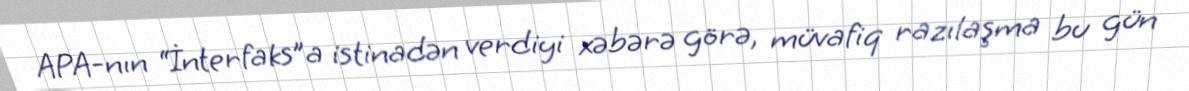
APA-nın “İnterfaks”a istinadən verdiyi xəbərə görə, müvafiq razılaşma bu gün